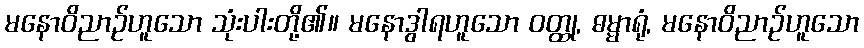
မနောဝိညာဉ်ဟူသော သုံးပါးတို့၏။ မနောဒွါရဟူသော ဝတ္ထု, ဓမ္မာရုံ, မနောဝိညာဉ်ဟူသော